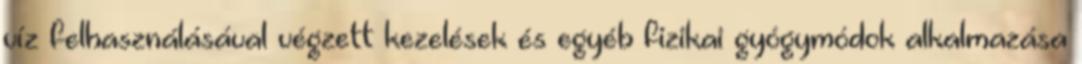
víz felhasználásával végzett kezelések és egyéb fizikai gyógymódok alkalmazása